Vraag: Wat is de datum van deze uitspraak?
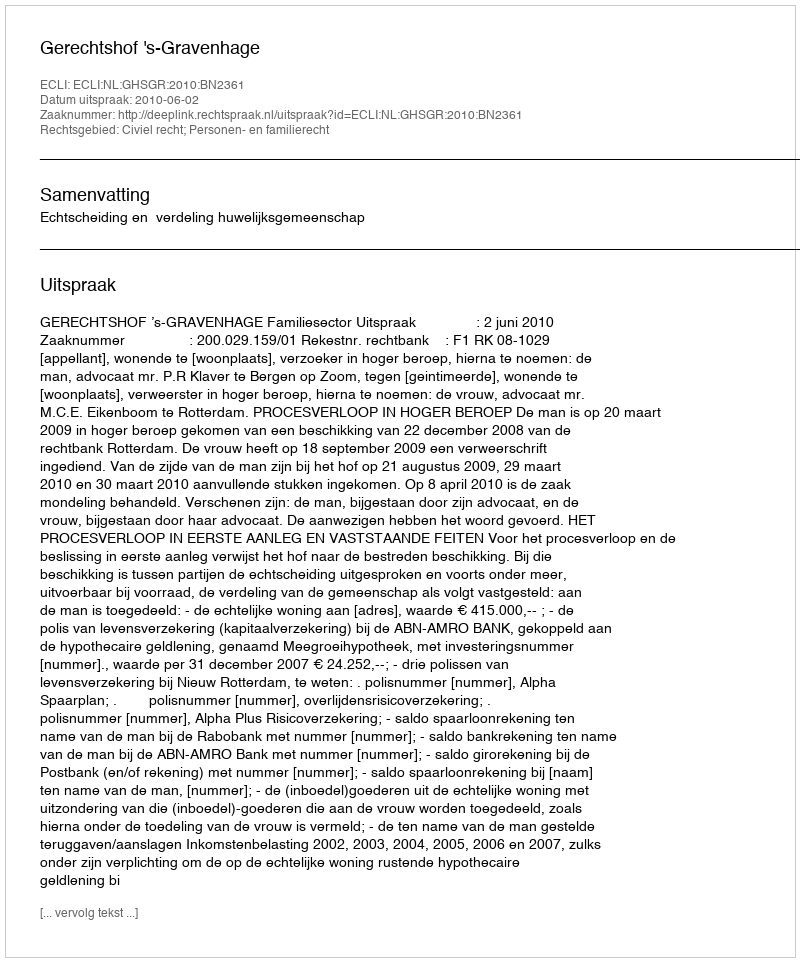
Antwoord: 2010-06-02